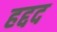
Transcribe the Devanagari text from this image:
हद्दद